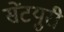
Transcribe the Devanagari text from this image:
सेंटयुरी